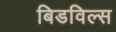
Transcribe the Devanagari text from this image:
बिडविल्स